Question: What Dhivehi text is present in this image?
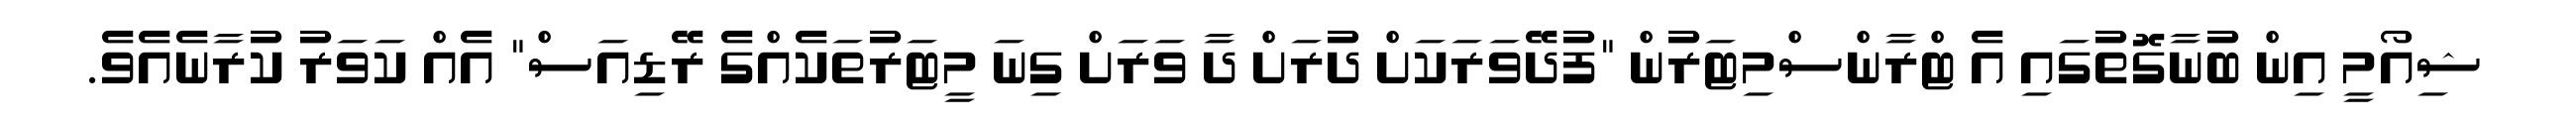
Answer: ޝިއޯމީ އިން ބުނާގޮތުގައި އެ ޓްރާންސްމިޓަރުން "ފުދޭވަރަކަށް ދުރަށް ދާ ވަރަށް ގިނަ މީޓަރުތަކެއްގެ ރޭޑިއަސް" އެއް ކަވަރު ކުރާނެއެވެ.